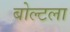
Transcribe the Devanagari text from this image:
बोल्टला